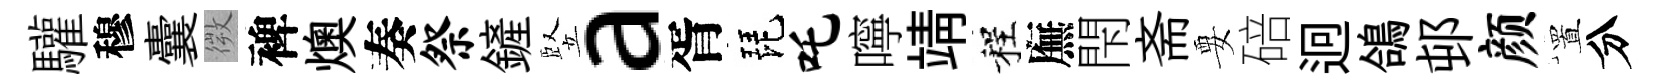
驩穆囊微裨燠奏祭鏟竪a胥琵吒嚀靖程廡閇斋要碚迥鴿邨颜置分